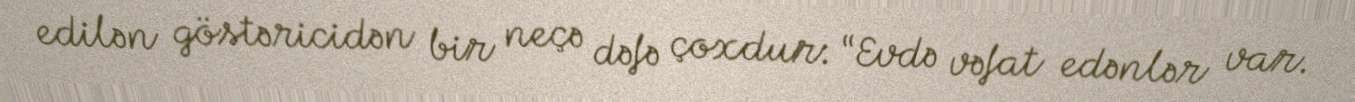
edilən göstəricidən bir neçə dəfə çoxdur: “Evdə vəfat edənlər var.